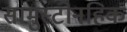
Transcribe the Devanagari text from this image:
सामुस्टोनहिक